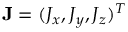
\mathbf { J } = ( J _ { x } , J _ { y } , J _ { z } ) ^ { T }